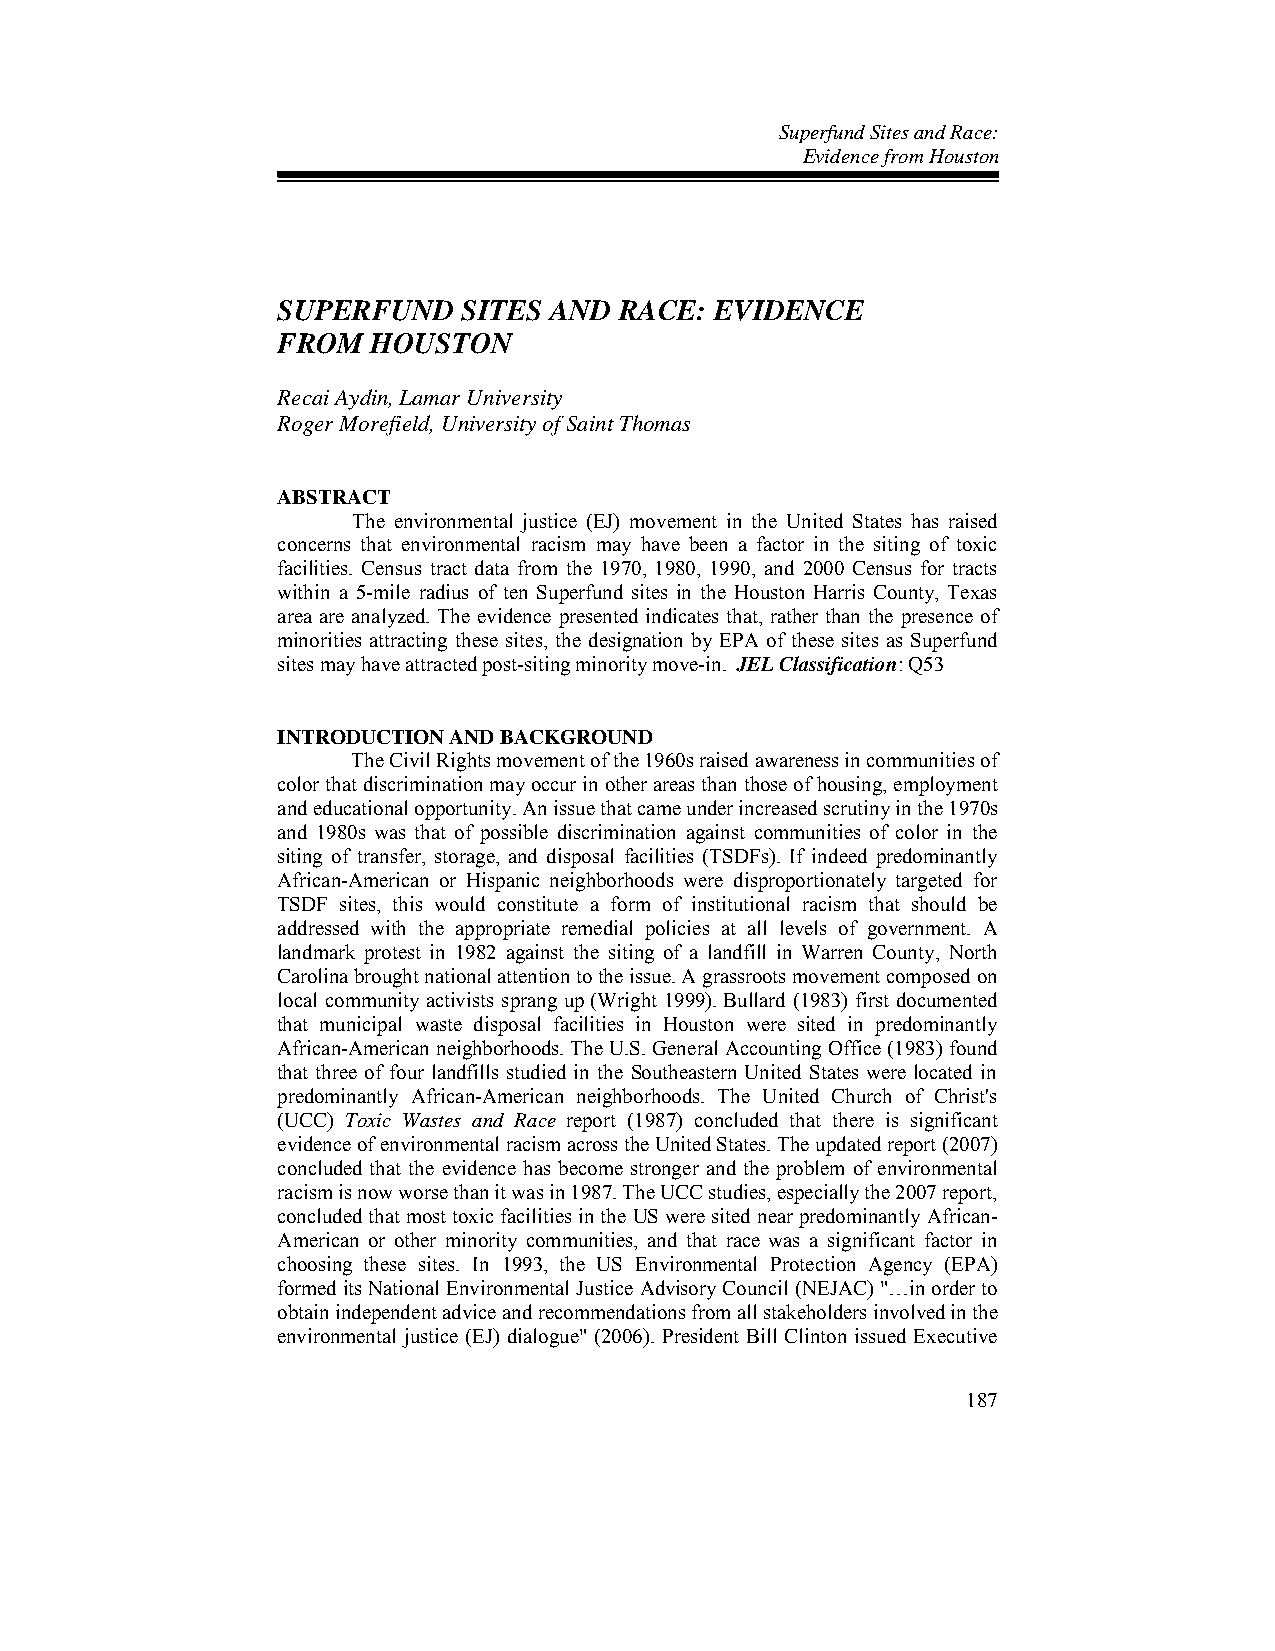
Superfund Sites and Race:
 Evidence from Houston
 SUPERFUND    SITES AND RACE: EVIDENCE
 FROM   HOUSTON
 Recai Aydin, Lamar University
 Roger Morefield, University of Saint Thomas
 ABSTRACT
 The environmental justice (EJ) movement in the United States has raised
 concerns that environmental racism may have been a factor in the siting of toxic
 facilities. Census tract data from the 1970, 1980, 1990, and 2000 Census for tracts
 within a 5-mile radius of ten Superfund sites in the Houston Harris County, Texas
 area are analyzed. The evidence presented indicates that, rather than the presence of
 minorities attracting these sites, the designation by EPA of these sites as Superfund
 sites may have attracted post-siting minority move-in. JEL Classification: Q53
 INTRODUCTION AND BACKGROUND
 The Civil Rights movement of the 1960s raised awareness in communities of
 color that discrimination may occur in other areas than those of housing, employment
 and educational opportunity. An issue that came under increased scrutiny in the 1970s
 and 1980s was that of possible discrimination against communities of color in the
 siting of transfer, storage, and disposal facilities (TSDFs). If indeed predominantly
 African-American or Hispanic neighborhoods were disproportionately targeted for
 TSDF sites, this would constitute a form of institutional racism that should be
 addressed with the appropriate remedial policies at all levels of government. A
 landmark protest in 1982 against the siting of a landfill in Warren County, North
 Carolina brought national attention to the issue. A grassroots movement composed on
 local community activists sprang up (Wright 1999). Bullard (1983) first documented
 that municipal waste disposal facilities in Houston were sited in predominantly
 African-American neighborhoods. The U.S. General Accounting Office (1983) found
 that three of four landfills studied in the Southeastern United States were located in
 predominantly African-American neighborhoods. The United Church of Christ's
 (UCC) Toxic Wastes and Race report (1987) concluded that there is significant
 evidence of environmental racism across the United States. The updated report (2007)
 concluded that the evidence has become stronger and the problem of environmental
 racism is now worse than it was in 1987. The UCC studies, especially the 2007 report,
 concluded that most toxic facilities in the US were sited near predominantly African-
 American or other minority communities, and that race was a significant factor in
 choosing these sites. In 1993, the US Environmental Protection Agency (EPA)
 formed its National Environmental Justice Advisory Council (NEJAC) "…in order to
 obtain independent advice and recommendations from all stakeholders involved in the
 environmental justice (EJ) dialogue" (2006). President Bill Clinton issued Executive
 187